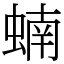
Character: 蝻